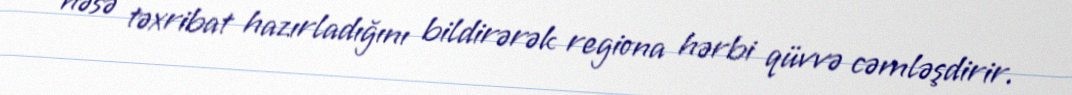
nəsə təxribat hazırladığını bildirərək regiona hərbi qüvvə cəmləşdirir.